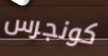
كونجرس